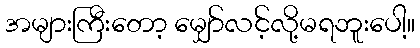
အများကြီးတော့ မျှော်လင့်လို့မရဘူးပေါ့။